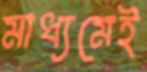
মাধ্যমেই